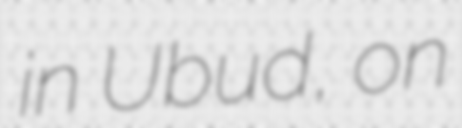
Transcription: in Ubud, on